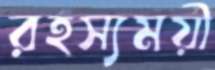
রহস্যময়ী